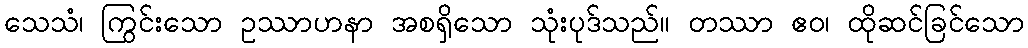
သေသံ၊ ကြွင်းသော ဥဿာဟနာ အစရှိသော သုံးပုဒ်သည်။ တဿာ ဧဝ၊ ထိုဆင်ခြင်သော